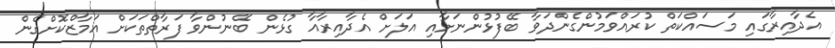
އެދާއިރާގައި މަސައްކަތް ކުރައްވަމުންގެންދަވާ ބޭފުޅުންނަށާއި އަލަށް އެދާއިރާއާ ގުޅެން ބޭނުންވާ ފަރާތްތަކަށް އަމާޒްކޮށްގެން